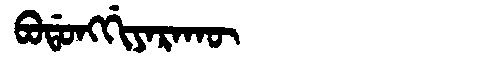
Manchu: ᠪᠣᡩᠣᠩᡤᡳᠶᠠᡵᠠᡴᡡ
Romanization: BODONGGIYARAKŪ